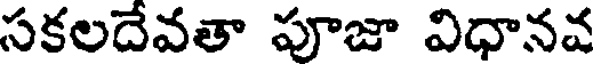
సకలదేవతా పూజా విధానవ